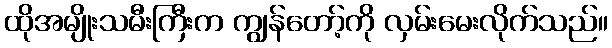
ထိုအမျိုးသမီးကြီးက ကျွန်တော့်ကို လှမ်းမေးလိုက်သည်။